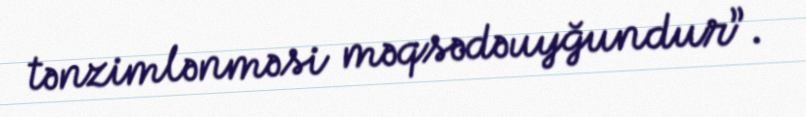
tənzimlənməsi məqsədəuyğundur”.